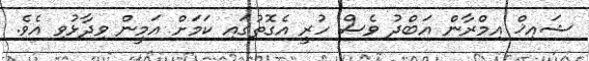
ޝައިޚް އިމްރާން އަބްދު ވެސް ހުރީ އެގޮތުގައި ކަަމަށް އަމީން ވިދާޅުވި އެވެ.